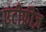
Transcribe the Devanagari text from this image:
एंटीफ्रीज़